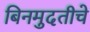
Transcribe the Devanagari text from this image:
बिनमुदतीचे